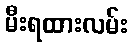
မီးရထားလမ်း